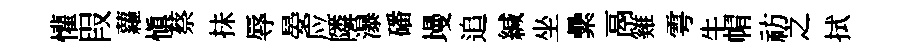
懽叚蘿慎蔡抺辱晏应隣瀑磻墁追緘坐纍鬲雞雩牛㡌祊之拭